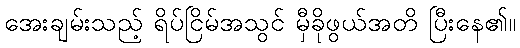
အေးချမ်းသည့် ရိပ်ငြိမ်အသွင် မှီခိုဖွယ်အတိ ပြီးနေ၏။